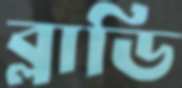
ব্লাডি